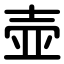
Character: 壶